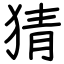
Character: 猜